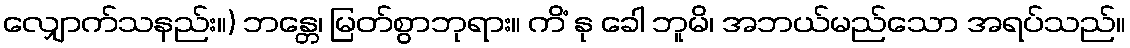
လျှောက်သနည်း။) ဘန္တေ၊ မြတ်စွာဘုရား။ ကိံ နု ခေါ ဘူမိ၊ အဘယ်မည်သော အရပ်သည်။